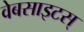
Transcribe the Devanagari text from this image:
वेबसाइटस्